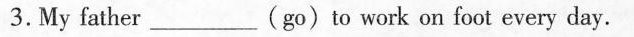
3.My father ___ (go)to work on foot every day.